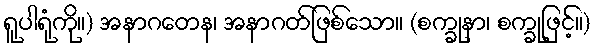
ရူပါရုံကို။) အနာဂတေန၊ အနာဂတ်ဖြစ်သော။ (စက္ခုနာ၊ စက္ခုဖြင့်။)